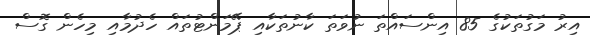
އިރު މަގުތަކުގެ 85 އިންސައްތަ ނުވަތަ ކާނުތަކާއި ޕޭމަންޓުތައް ހެދުމާއި މިހެން ގޮސް